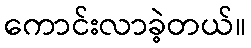
ကောင်းလာခဲ့တယ်။